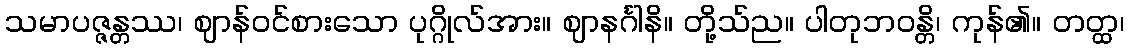
သမာပဇ္ဇန္တဿ၊ ဈာန်ဝင်စားသော ပုဂ္ဂိုလ်အား။ ဈာနင်္ဂါနိ။ တို့သ်ည။ ပါတုဘဝန္တိ၊ ကုန်၏။ တတ္ထ၊